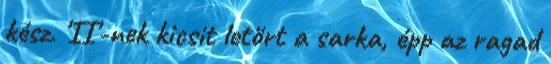
kész. 'II'-nek kicsit letört a sarka, épp az ragad